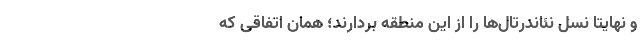
و نهایتا نسل نئاندرتال‌ها را از این منطقه بردارند؛ همان اتفاقی که